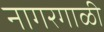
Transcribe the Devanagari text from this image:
नागरगाळी